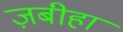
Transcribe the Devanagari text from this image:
ज़बीहा